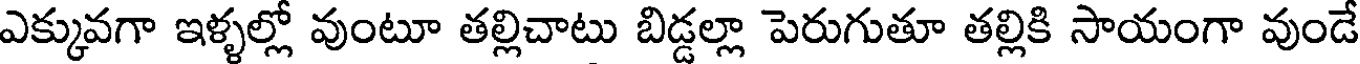
ఎక్కువగా ఇళ్ళల్లో వుంటూ తల్లిచాటు బిడ్డల్లా పెరుగుతూ తల్లికి సాయంగా వుండే